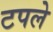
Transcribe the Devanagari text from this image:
टपले